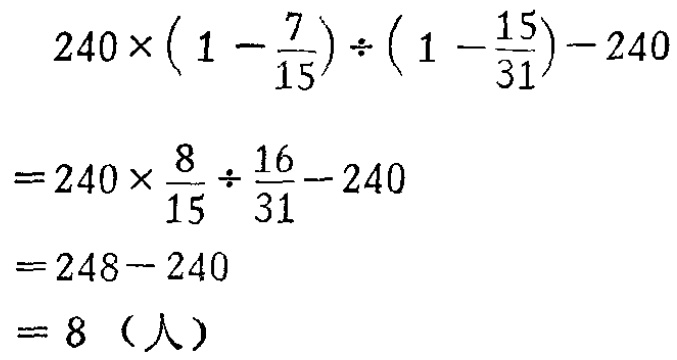
\[

\begin{align*}

&240\times\left(1 - \frac{7}{15}\right)\div\left(1 - \frac{15}{31}\right)-240\\

=&240\times\frac{8}{15}\div\frac{16}{31}-240\\

=&248 - 240\\

=&8 \text{（人）}

\end{align*}

\]